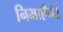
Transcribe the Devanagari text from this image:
निभाएँगे।